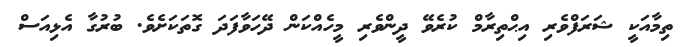
ތިމާއަކީ ޝަރަފްވެރި އިޙްތިރާމް ކުރެވޭ ދީންވެރި މީހެއްކަން ދޭހަވާފަދަ ގޮތަކަށެވެ. ބުރުގާ އެޅިއަސް